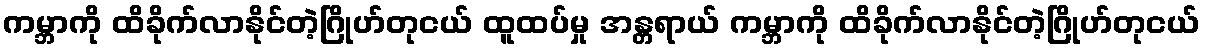
ကမ္ဘာကို ထိခိုက်လာနိုင်တဲ့ဂြိုဟ်တုငယ် ထူထပ်မှု အန္တရာယ် ကမ္ဘာကို ထိခိုက်လာနိုင်တဲ့ဂြိုဟ်တုငယ်